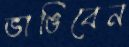
ভাঙিবেন